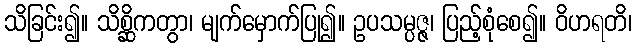
သိခြင်း၍။ သိစ္ဆိကတွာ၊ မျက်မှောက်ပြု၍။ ဥပသမ္ပဇ္ဇ၊ ပြည့်စုံစေ၍။ ဝိဟရတိ၊